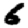
Digit: 6